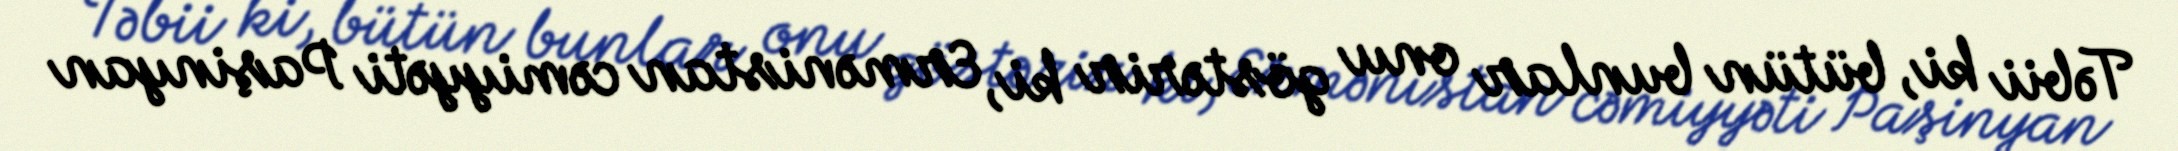
Təbii ki, bütün bunlar onu göstərir ki, Ermənistan cəmiyyəti Paşinyan